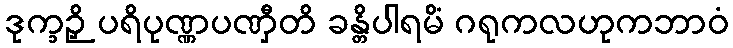
ဒုက္ခဉှိ ပရိပုဏ္ဏပဏှီတိ ခန္တိပါရမိံ ဂရုကလဟုကဘာဝံ